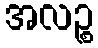
အလဉ္စ